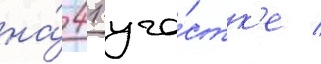
на́ 41 уча́стк'е /